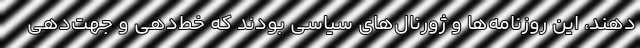
دهند، این روزنامه‌ها و ژورنال‌های سیاسی بودند که خط‌دهی و جهت‌دهی